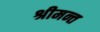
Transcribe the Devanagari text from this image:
श्रीमन्त